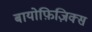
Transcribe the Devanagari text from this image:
बायोफ़िज़िक्स